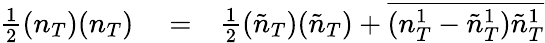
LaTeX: \begin{array}{rlr}{\frac{1}{2}(n_{T})(n_{T})}&{{}=}&{\frac{1}{2}(\tilde{n}_{T})(\tilde{n}_{T})+\overline{{(n_{T}^{1}-\tilde{n}_{T}^{1})\tilde{n}_{T}^{1}}}}\end{array}